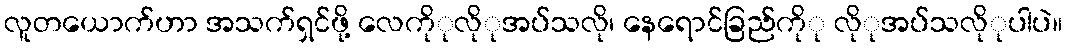
လူတယောက်ဟာ အသက်ရှင်ဖို့ လေကိုုလိုုအပ်သလို၊ နေရောင်ခြည်ကိုု လိုုအပ်သလိုုပါပဲ။